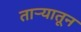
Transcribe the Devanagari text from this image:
ताऱ्यातून